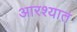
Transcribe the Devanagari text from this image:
आरश्यात